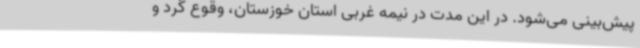
پیش‌بینی می‌شود. در این مدت در نیمه غربی استان خوزستان، وقوع گرد و